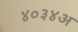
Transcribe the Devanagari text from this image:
४०३४अ